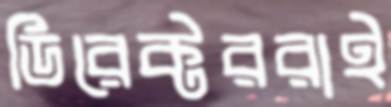
ডিরেক্টররাই